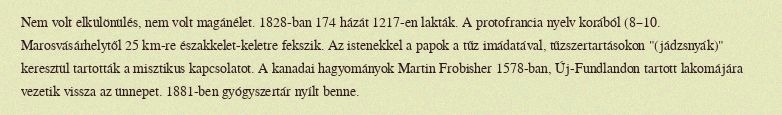
Nem volt elkülönülés, nem volt magánélet. 1828-ban 174 házát 1217-en lakták. A protofrancia nyelv korából (8–10. Marosvásárhelytől 25 km-re északkelet-keletre fekszik. Az istenekkel a papok a tűz imádatával, tűzszertartásokon "(jádzsnyák)" keresztül tartották a misztikus kapcsolatot. A kanadai hagyományok Martin Frobisher 1578-ban, Új-Fundlandon tartott lakomájára vezetik vissza az ünnepet. 1881-ben gyógyszertár nyílt benne.